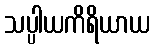
သပ္ပါယကိရိယာယ